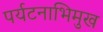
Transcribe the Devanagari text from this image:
पर्यटनाभिमुख